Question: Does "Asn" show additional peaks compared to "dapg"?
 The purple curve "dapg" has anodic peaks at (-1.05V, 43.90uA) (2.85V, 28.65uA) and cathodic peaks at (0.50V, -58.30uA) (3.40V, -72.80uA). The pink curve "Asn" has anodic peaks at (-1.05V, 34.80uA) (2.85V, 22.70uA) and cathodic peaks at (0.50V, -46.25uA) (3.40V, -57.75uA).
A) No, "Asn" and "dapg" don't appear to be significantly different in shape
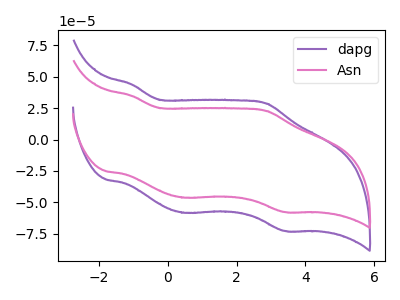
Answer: <think>All the peaks in "Asn" have a peak in "dapg" at the same potential. Every peak in "Asn" is lower than every peak in "dapg".
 </think>
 <answer>A) No, "Asn" and "dapg" don't appear to be significantly different in shape</answer>
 <eval>A</eval>